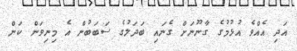
އަދި އެއްވެ އުޅުމުގެ ގާނޫނަށް ގެނައި ބަދަލުގެ ސަބަބުން އެ މިނިވަން ކަން